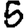
Digit: 5